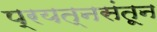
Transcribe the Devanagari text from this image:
प्रयत्‍नसंतून